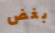
بغض